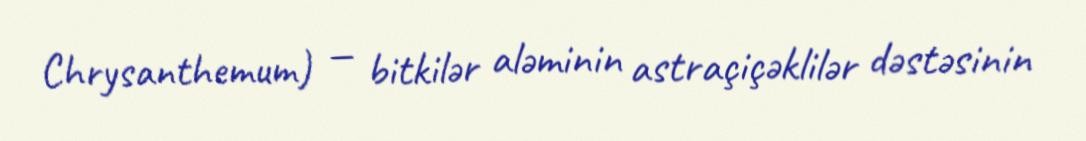
Chrysanthemum) — bitkilər aləminin astraçiçəklilər dəstəsinin